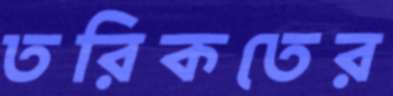
তরিকতের